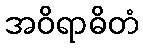
အဝိရာဓိတံ